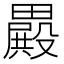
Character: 𣫕